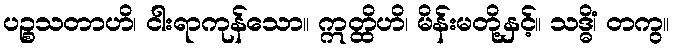
ပဉ္စသတာဟိ၊ ငါးရာကုန်သော။ ဣတ္ထိဟိ၊ မိန်းမတို့နှင့်။ သဒ္ဓိံ၊ တကွ။